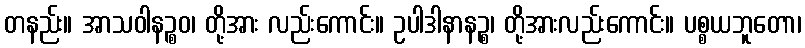
တနည်း။ အာသဝါနဉ္စဝ၊ တို့အား လည်းကောင်း။ ဥပါဒါနာနဉ္စ၊ တို့အားလည်းကောင်း။ ပစ္စယဘူတော၊